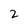
Character: 2